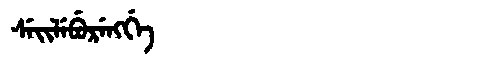
Manchu: ᠰᡝᡳᠯᡝᠪᡠᡵᡝᠩᡤᡝ
Romanization: SEILEBURENGGE